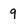
Character: 9